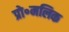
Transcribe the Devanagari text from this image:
प्रो॰मलिक